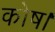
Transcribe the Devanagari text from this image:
कोष।